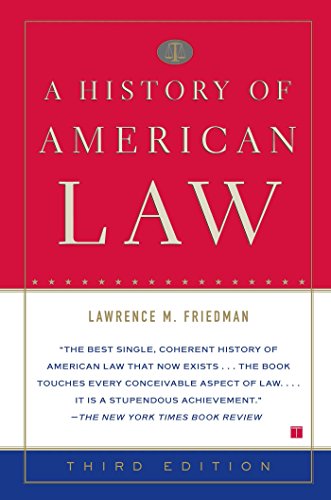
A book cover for A History of American Law: Third Edition; Lawrence M. Friedman; Law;